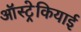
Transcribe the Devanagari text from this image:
ऑस्ट्रेकियाई